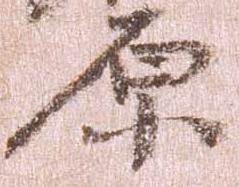
原